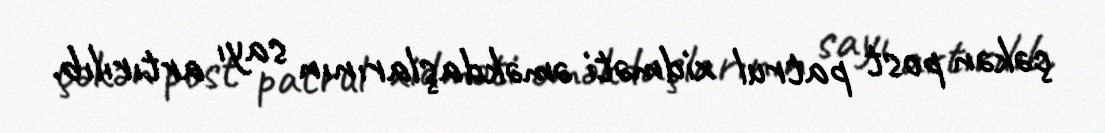
çəkən post patrul xidməti əməkdaşlarının sayı artırılıb.